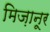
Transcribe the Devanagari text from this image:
मिज़ानूर